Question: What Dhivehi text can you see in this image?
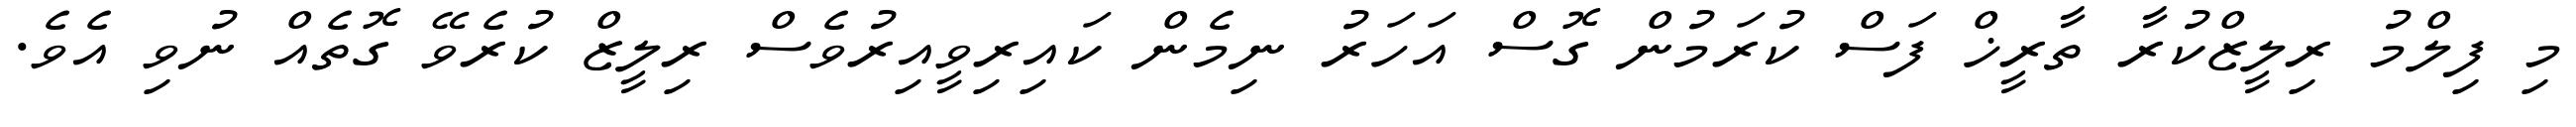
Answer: މި ފިލްމު ރިލީޒްކުރާ ތާރީޚް ފަސް ކުރަމުން ގޮސް އަހަރު ނިމެން ކައިރިވީއިރުވެސް ރިލީޒް ކުރެވޭ ގޮތެއް ނުވި އެވެ.